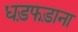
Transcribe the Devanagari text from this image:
धड़फड़ाना